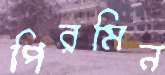
পিরমিন